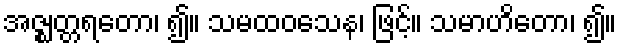
အဇ္ဈတ္တရတော၊ ၍။ သမထဝသေန၊ ဖြင့်။ သမာဟိတော၊ ၍။